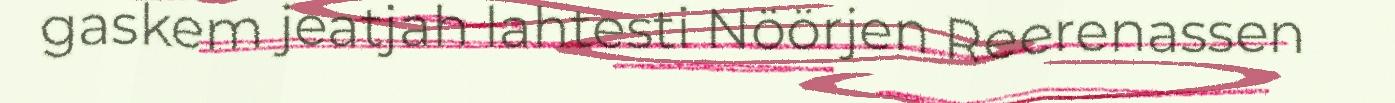
gaskem jeatjah lahtesti Nöörjen Reerenassen